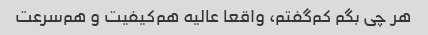
هر چی بگم کم‌گفتم، واقعا عالیه هم‌کیفیت و هم‌سرعت